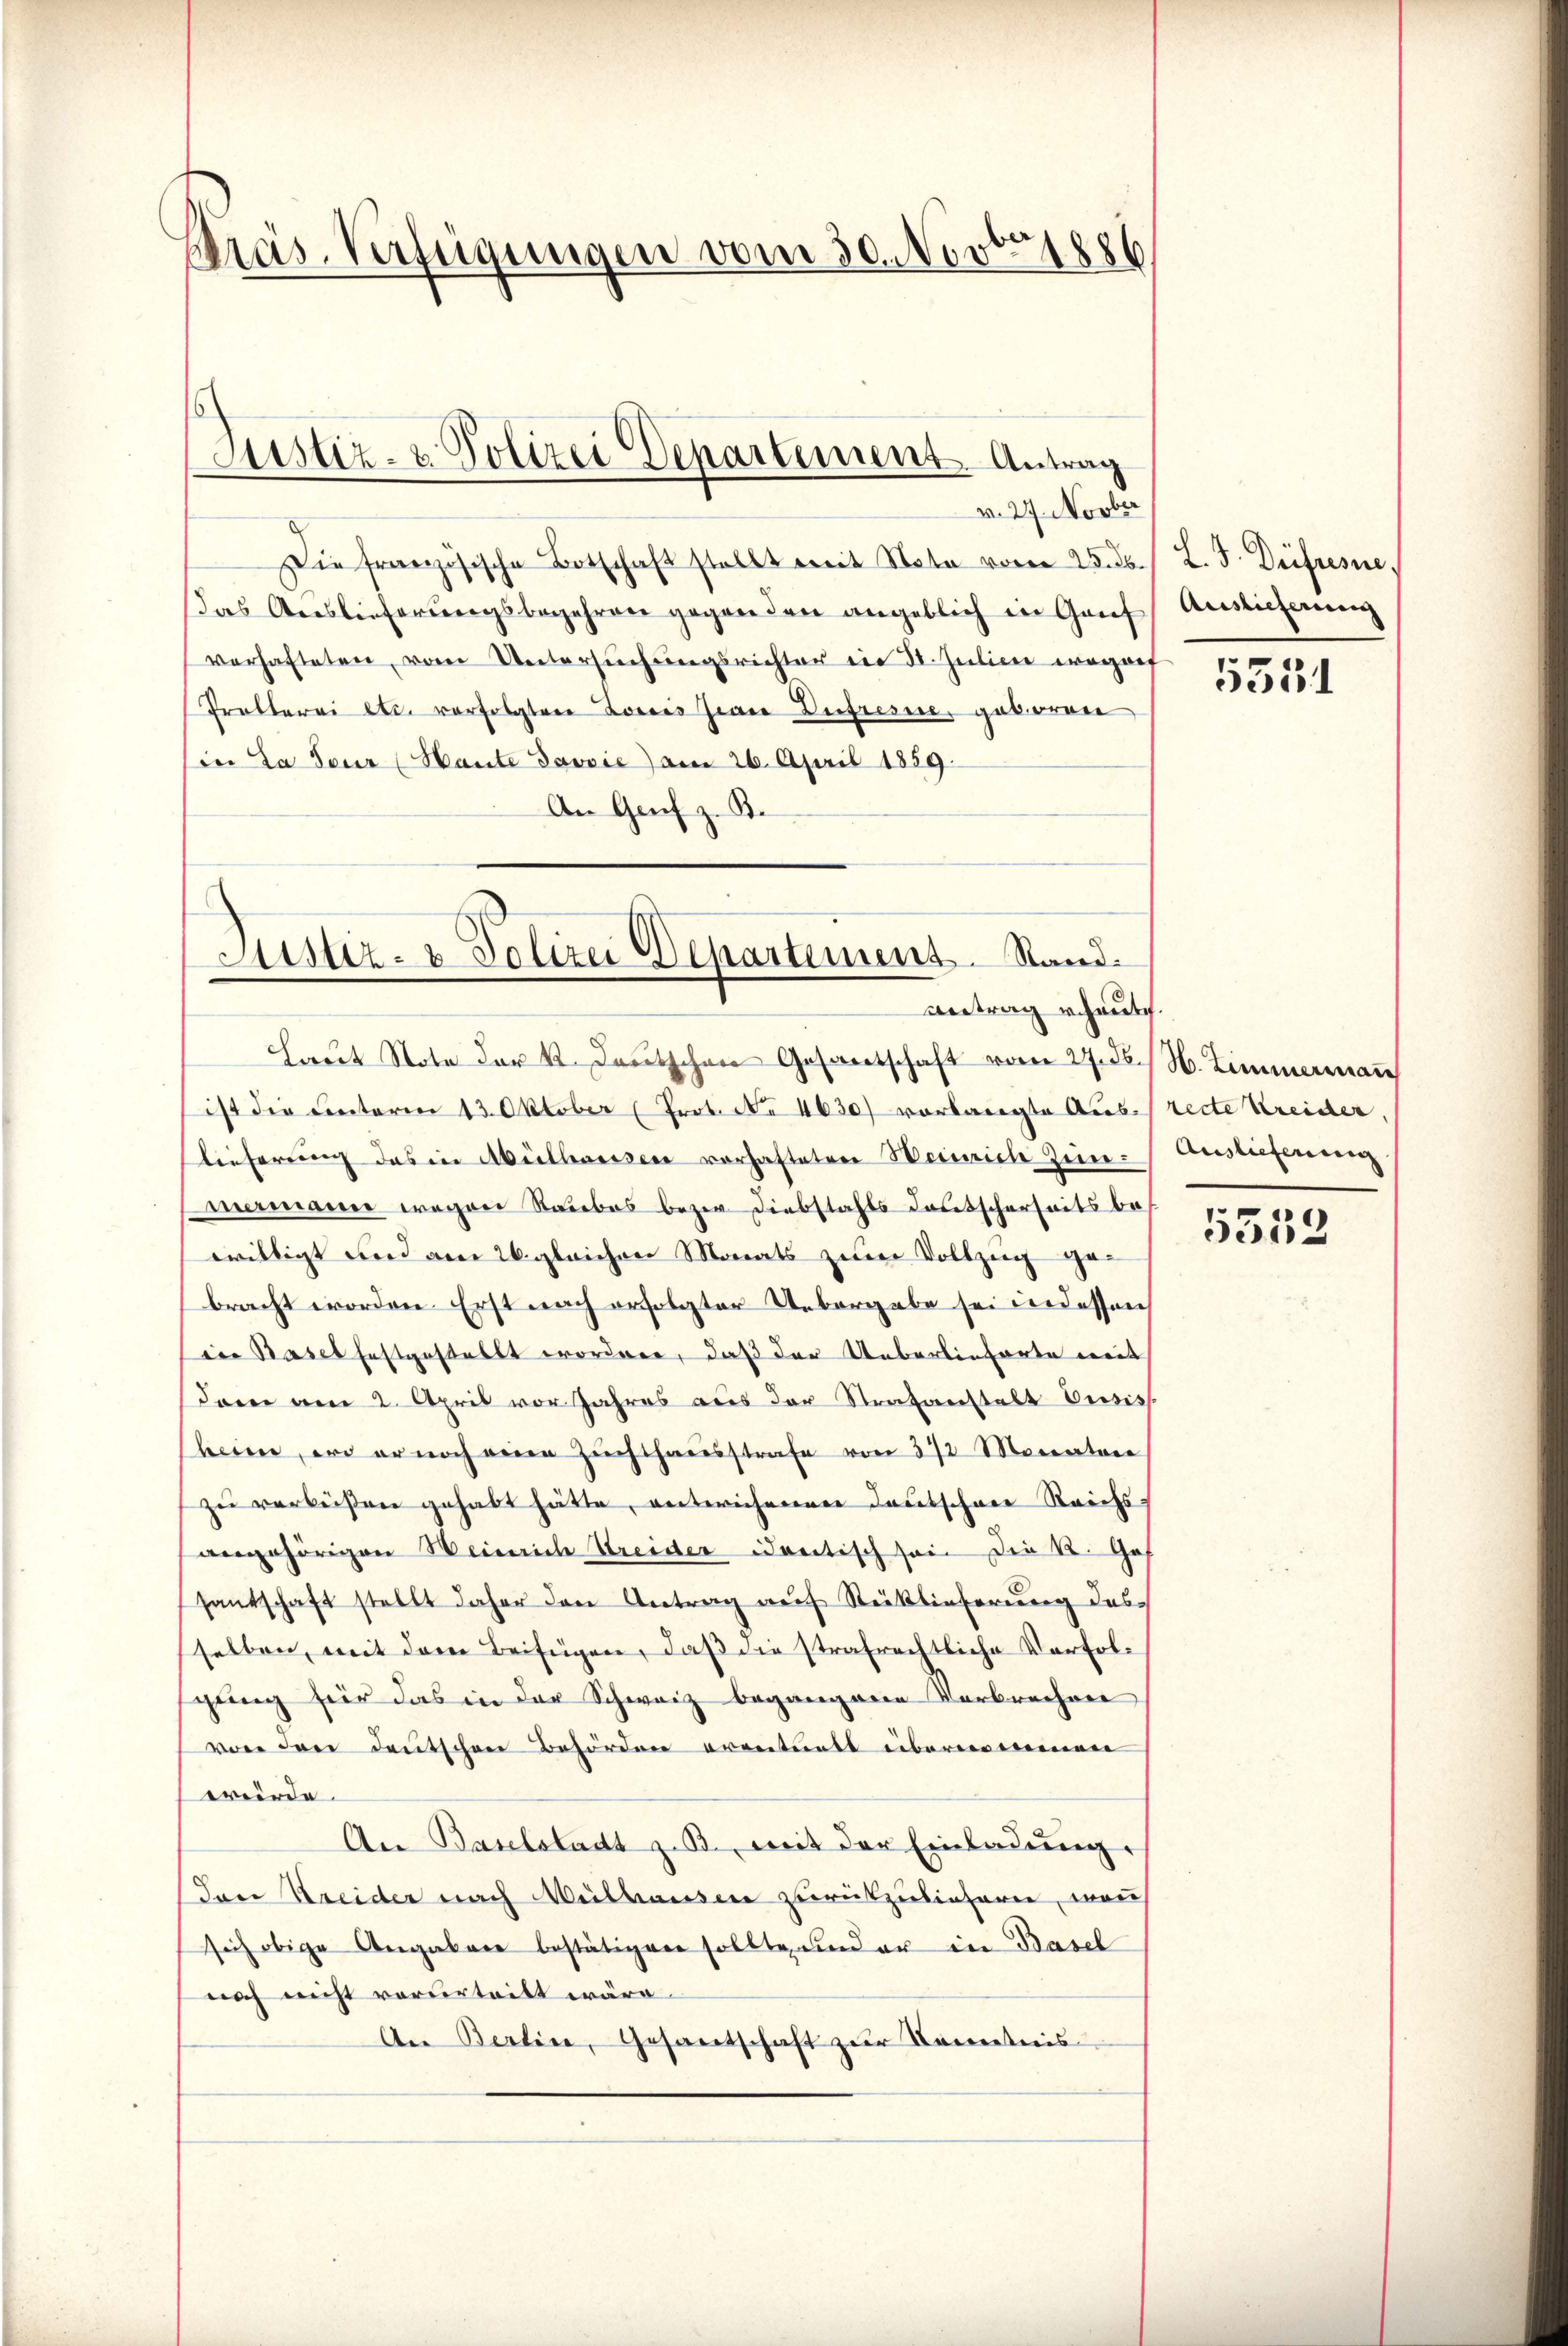
Bras. Verfügungen vom 30. Novbr. 1886

v. 27. Novber
Die französische Botschaft stellt mit Note vom 25. ds L. F. Diefresse,
das Auslieferungsbegehren gegenden angeblich in Genf, Auslieferung
verhafteten vom Untersŭchŭngsrichter ein St. Julien worauf
Problerei etc. verfolgten Lois Jiare Dufresie, geboren
in La seur (Haute Jovvić) am 26. April 1859.
An Graf z. B.

Astiz- & Polizei Departement. Antrag

Sistiz- & Polizei Departement. Stand.
Antrag erhaut.

haŭt Note der K. Deutschen Gesandtschaft vom 27. d. M. Zimmermaṅ
ist die Unteren 13. Oktober (Prot. N. 4630) vorlangte Aus- recte Kreider,
lieferung des in Mülhausen vorhafteten Weinrich sein: Auslieferung
mermanne wegen Raubes bezw. Diebstahls deutscherheits bewilligt und am 26. gleichen Monats zum Vollzug ge-
bracht worden Erst nach erfolgter Uebergabe sei indessen
in Basel festgestellt worden, daß der Ueberlieferte mit
dern am 2. April vor Jahres aus der Strafanstalt Busis
heim, wo er noch eine Zŭchthausstrafe von 572 Monatore
zu verbüßen gehabt hätte, entwichenerer Deutschene Reichs-
angehörigen Weinrich Streider Contisch sein die K. Ges
santschaft stellt daher den Antrag auf Rücklieferung des
selben, mit dem Beifügen, daß die strafrechtliche Verfolgung für das in der Schweiz begangene Verbrechen
von den deutschen Behörden eventuell übernommen
würde.
An Baselstadt z. B., mit der Einladung.
Jare Kreider nach Mülhausen zurückzuliefern, wenn
sich obige Angabene bestätigen sollte und er in Basel
noch nicht vorderteilt wäre.
An Berline, Gesantschaft zur Kenntnis

5351

5333